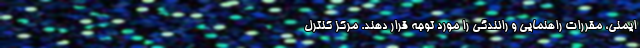
ایمنی، مقررات راهنمایی و رانندگی را مورد توجه قرار دهند. مرکز کنترل